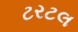
ટરટલ